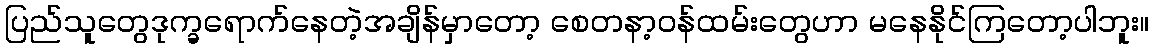
ပြည်သူတွေဒုက္ခရောက်နေတဲ့အချိန်မှာတော့ စေတနာ့ဝန်ထမ်းတွေဟာ မနေနိုင်ကြတော့ပါဘူး။